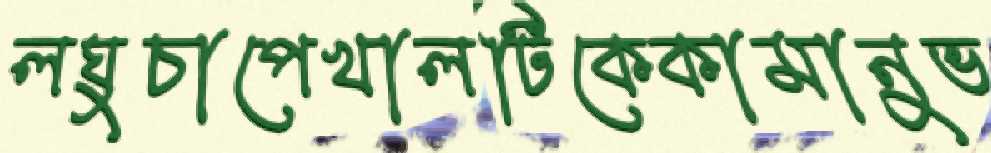
লঘুচাপেখালটিকেকামানুভ